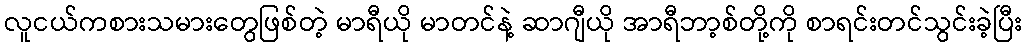
လူငယ်ကစားသမားတွေဖြစ်တဲ့ မာရီယို မာတင်နဲ့ ဆာဂျီယို အာရီဘာ့စ်တို့ကို စာရင်းတင်သွင်းခဲ့ပြီး